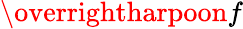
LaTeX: \overrightharpoon{f}